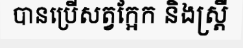
បានប្រើសត្វក្អែក និងស្ត្រី